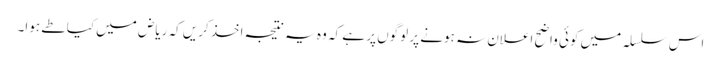
اس سلسلہ میں کوئی واضح اعلان نہ ہونے پر لوگوں پر ہے کہ وہ یہ نتیجہ اخذ کریں کہ ریاض میں کیا طے ہوا۔